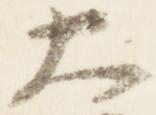
大